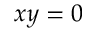
x y = 0